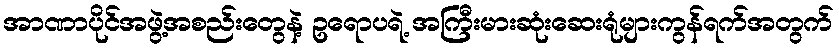
အာဏာပိုင်အဖွဲ့အစည်းတွေနဲ့ ဥရောပရဲ့ အကြီးမားဆုံးဆေးရုံများကွန်ရက်အတွက်